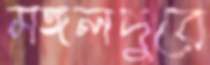
মঙ্গলপুরে